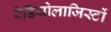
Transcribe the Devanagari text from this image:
रेडियोलाजिस्टों